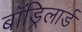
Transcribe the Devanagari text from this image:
बॉड्रिलार्ड